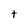
Character: t